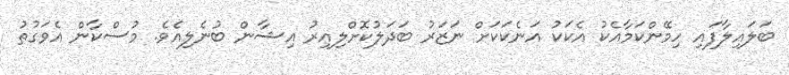
ބަލައިލާފައި ހިމޭންކަމާއެކު އެކަކު އަނެކަކަށް ނަޒަރު ބަދަލުކޮށްލިއިރު އިޝާން ބުނެލިއެވެ. މުސްކާން އެވަގުތު